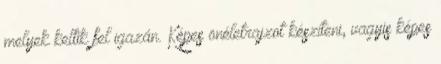
melyek keltik fel igazán. Képes önéletrajzot készíteni, vagyis képes